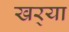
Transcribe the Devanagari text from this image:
खर्‍या